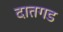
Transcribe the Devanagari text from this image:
दातगड